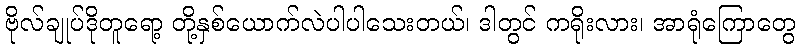
ဗိုလ်ချုပ်ဒိုတူရော့ တို့နှစ်ယောက်လဲပါပါသေးတယ်၊ ဒါတွင် ကရိုးလား၊ အာရုံကြောတွေ